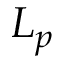
L _ { p }